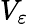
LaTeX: V_{\varepsilon}